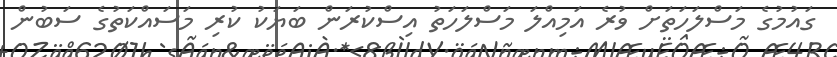
ގައުމުގެ މަސްލަހަތަށް ވުރެ އަމިއްލަ މަސްލަހަތު އިސްކުރަން ބަޔަކު ކުރި މަސައްކަތުގެ ސަބުން